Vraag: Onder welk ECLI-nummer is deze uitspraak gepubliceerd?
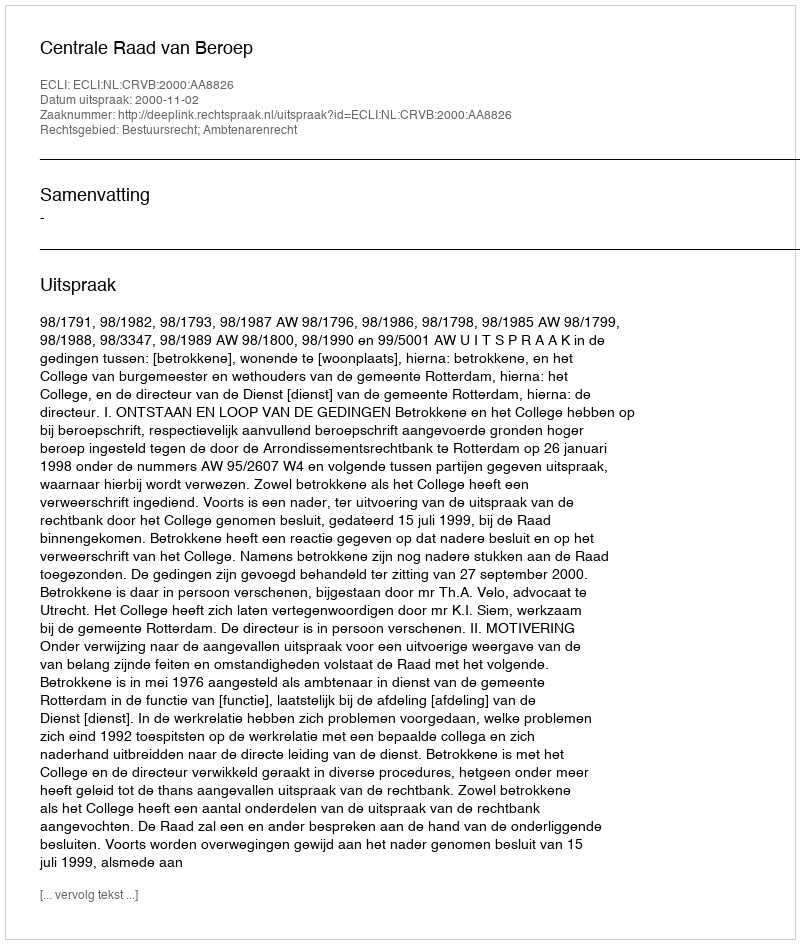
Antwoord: ECLI:NL:CRVB:2000:AA8826